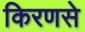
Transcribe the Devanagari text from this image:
किरणसे